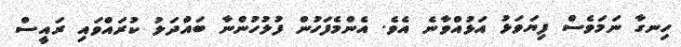
ހިނގާ ނަމަވެސް ފިޔަވަޅު އަޅުއްވާނެ އެވެ. އެންމެފަހުން ފުލުހުންނާ ބައްދަލު ކުރައްވައި ރައީސް